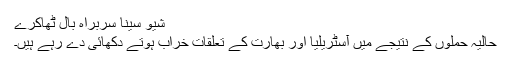
شیو سینا سربراہ بال ٹھاکرے
حالیہ حملوں کے نتیجے میں آسٹریلیا اور بھارت کے تعلقات خراب ہوتے دکھائی دے رہے ہیں۔